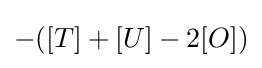
-([T]+[U]-2[O])